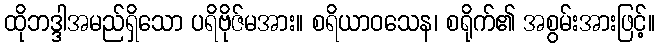
ထိုဘဒ္ဒါအမည်ရှိသော ပရိဗိုဇ်မအား။ စရိယာဝသေန၊ စရိုက်၏ အစွမ်းအားဖြင့်။